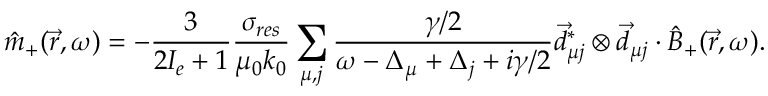
\hat { m } _ { + } ( \vec { r } , \omega ) = - \frac { 3 } { 2 I _ { e } + 1 } \frac { \sigma _ { r e s } } { \mu _ { 0 } k _ { 0 } } \sum _ { \mu , j } \frac { \gamma / 2 } { \omega - \Delta _ { \mu } + \Delta _ { j } + i \gamma / 2 } \vec { d } _ { \mu j } ^ { * } \otimes \vec { d } _ { \mu j } \cdot \hat { B } _ { + } ( \vec { r } , \omega ) .